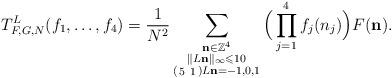
LaTeX: \begin{align*}T_{F,G,N}^L(f_1,\dots,f_4) = \frac{1}{N^2} \sum\limits_{ \substack{ \mathbf{n} \in \mathbb{Z}^4 \\ \Vert L\mathbf{n}\Vert_\infty \leqslant 10 \\ (\begin{smallmatrix}5 & 1 \end{smallmatrix})L\mathbf{n} = -1,0,1}} \Big(\prod\limits_{j=1}^4 f_j(n_j)\Big)F(\mathbf{n}).\end{align*}